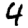
Digit: 4